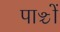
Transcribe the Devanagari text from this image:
पाञ्चों